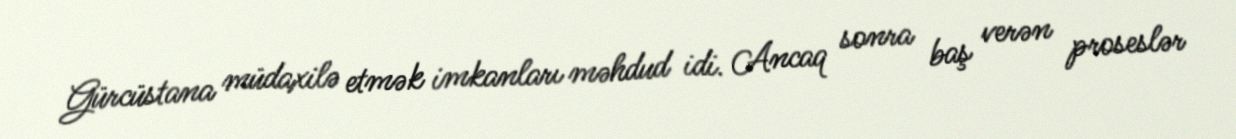
Gürcüstana müdaxilə etmək imkanları məhdud idi. Ancaq sonra baş verən proseslər